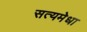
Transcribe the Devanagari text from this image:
सत्यमेधा